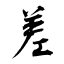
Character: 差